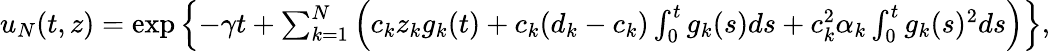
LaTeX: \begin{array}{r}{u_{N}(t,z)=\exp\left\{ -\gamma t+\sum_{k=1}^{N}\left(c_{k}z_{k}g_{k}(t)+c_{k}(d_{k}-c_{k})\int_{0}^{t}g_{k}(s)ds+c_{k}^{2}\alpha_{k}\int_{0}^{t}g_{k}(s)^{2}ds\right)\right\} ,}\end{array}